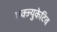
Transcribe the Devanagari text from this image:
एक्ज्युकेटिव